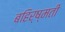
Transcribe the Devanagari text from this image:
बहिर्ष्मती